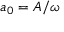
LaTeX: a _ { 0 } = A / \omega